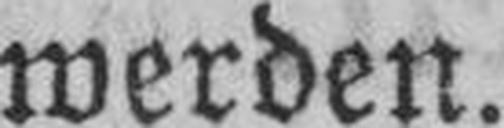
werden.